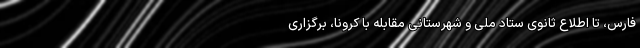
فارس، تا اطلاع ثانوی ستاد ملی و شهرستانی مقابله با کرونا، برگزاری